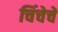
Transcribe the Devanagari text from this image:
चिंचेचें